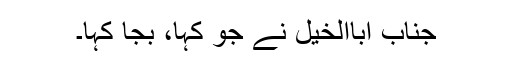
جناب اباالخیل نے جو کہا، بجا کہا۔